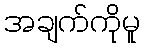
အချက်ကိုမူ